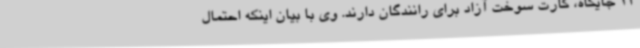
12 جایگاه، کارت سوخت آزاد برای رانندگان دارند. وی با بیان اینکه احتمال